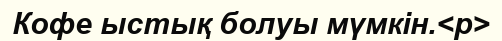
Кофе ыстық болуы мүмкін.<p>